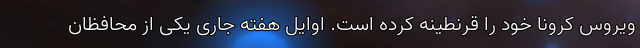
ویروس کرونا خود را قرنطینه کرده است. اوایل هفته جاری یکی از محافظان